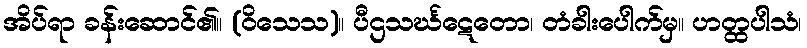
အိပ်ရာ ခန်းဆောင်၏။ (ဝိသေသ)။ ပီဌသင်္ဃဋေတော၊ တံခါးပေါက်မှ။ ဟတ္ထပါသံ၊